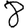
Digit: 8